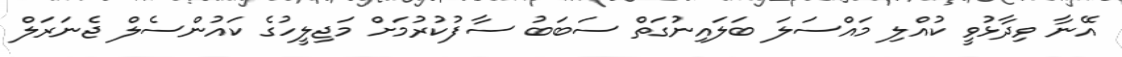
އޭނާ ވިދާޅުވީ ކުއްލި މައްސަލަ ބަލައިނުގަތް ސަބަބު ސާފުކުރުމަށް މަޖިލީހުގެ ކައުންސެލް ޖެނަރަލް